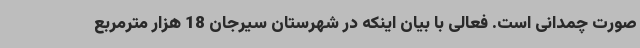
صورت چمدانی است. فعالی با بیان اینکه در شهرستان سیرجان 18 هزار مترمربع